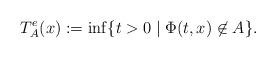
LaTeX: \begin{align*}T^e_A(x) := \inf\{t >0 \mid \Phi(t,x) \not\in A\}. \end{align*}